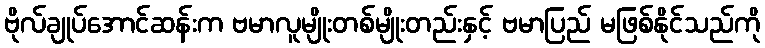
ဗိုလ်ချုပ်အောင်ဆန်းက ဗမာလူမျိုးတစ်မျိုးတည်းနှင့် ဗမာပြည် မဖြစ်နိုင်သည်ကို